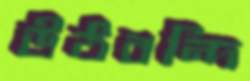
উঠবন্দি